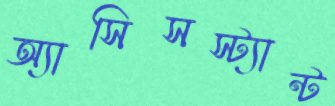
অ্যাসিসস্ট্যান্ট